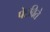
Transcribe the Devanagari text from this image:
पेटविते